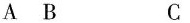
A B C